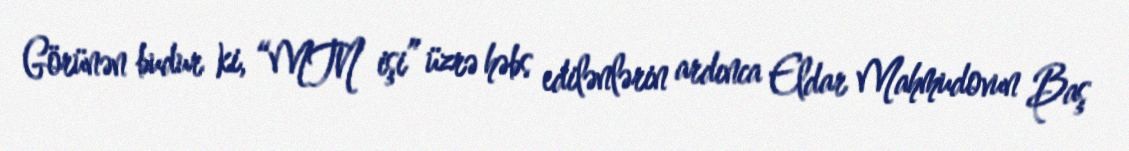
Görünən budur ki, “MTN işi” üzrə həbs edilənlərin ardınca Eldar Mahmudovun Baş